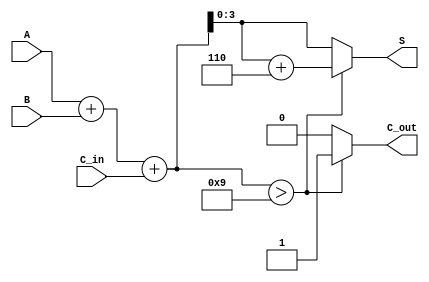
module BCD_Adder (
    input  wire [3:0] A,      // First BCD digit
    input  wire [3:0] B,      // Second BCD digit
    input  wire C_in,         // Carry-in
    output reg  [3:0] S,      // Sum output (BCD result)
    output reg  C_out         // Carry-out
);

    // Internal wire to hold the binary sum
    wire [4:0] binary_sum;

    // Perform binary addition
    assign binary_sum = A + B + C_in;

    always @* begin
        // Default assignments
        S = 4'b0000;
        C_out = 1'b0;

        // Check if the binary sum exceeds 9 or if there is a carry-out
        if (binary_sum > 5'd9) begin
            S = binary_sum + 5'd6; // Apply correction
            C_out = 1'b1;           // Set carry-out
        end else begin
            S = binary_sum[3:0];   // Assign the valid BCD result
            C_out = 1'b0;           // No carry-out
        end
    end

endmodule